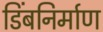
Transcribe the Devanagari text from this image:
डिंबनिर्माण